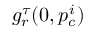
g _ { r } ^ { \tau } ( 0 , p _ { c } ^ { i } )